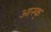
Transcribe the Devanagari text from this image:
आस्क्